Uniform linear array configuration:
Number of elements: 48
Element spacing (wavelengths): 0.25
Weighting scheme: binomial
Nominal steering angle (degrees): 30
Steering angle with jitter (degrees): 29.623
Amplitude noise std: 0.05
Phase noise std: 0.05

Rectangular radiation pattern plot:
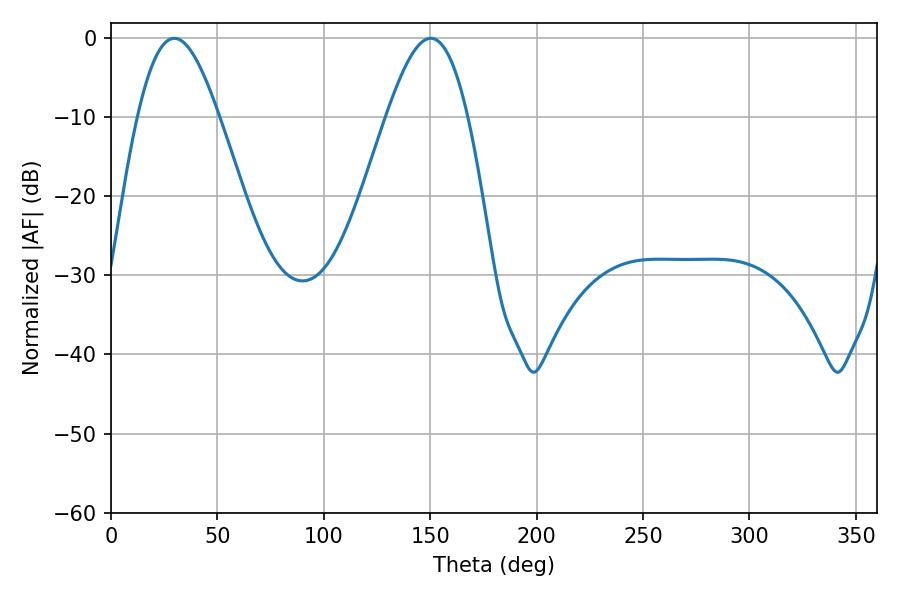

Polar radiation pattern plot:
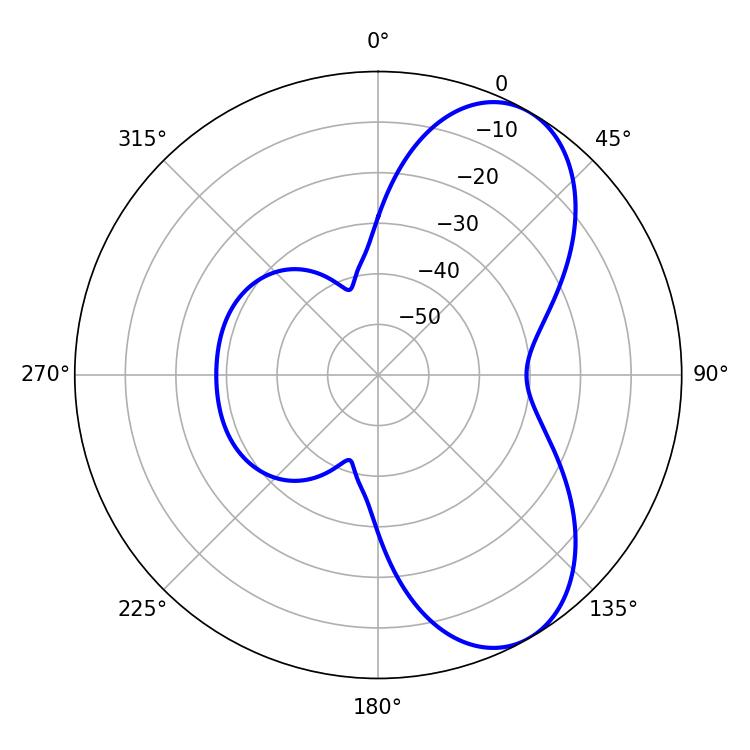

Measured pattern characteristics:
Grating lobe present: FALSE
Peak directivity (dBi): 7.016
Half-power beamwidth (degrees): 20.52
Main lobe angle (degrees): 29.7